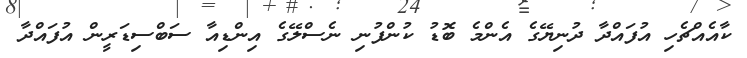
ކާއެއްޗެހި އުފައްދާ ދުނިޔޭގެ އެންމެ ބޮޑު ކުންފުނި ނެސްލޭގެ އިންޑިއާ ސަބްސިޑަރީން އުފައްދާ